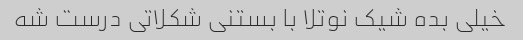
خیلی بده شیک نوتلا با بستنی شکلاتی درست شه